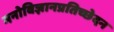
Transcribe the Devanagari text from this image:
मनोविज्ञानप्रतिच्छेदन